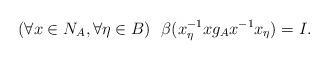
LaTeX: \begin{align*}(\forall x \in N_A,\forall \eta \in B)~~\beta(x_{\eta}^{-1}xg_{A}x^{-1}x_{\eta})=I.\end{align*}